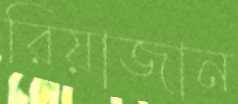
রিয়াজান